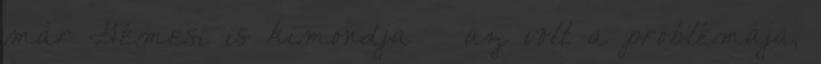
már Gémesi is kimondja – az volt a problémája,